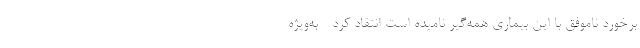
برخورد ناموفق با این بیماری همه‌گیر نامیده است انتقاد کرد - به‌ویژه